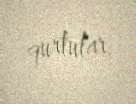
qurtular.